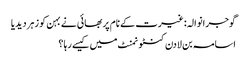
گوجرانوالہ: غیرت کے نام پر بھائی نے بہن کو زہر دیدیا
اسامہ بن لادن کنٹونمنٹ میں کیسے رہا ؟